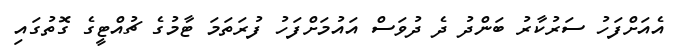
އެއަށްފަހު ސަރުކާރު ބަންދު ދެ ދުވަސް އައުމަށްފަހު ފުރަތަމަ ޓާމުގެ ޗުއްޓީގެ ގޮތުގައި